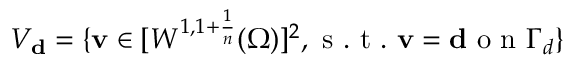
V _ { \mathbf { d } } = \{ \mathbf v \in [ W ^ { 1 , 1 + \frac { 1 } { n } } ( \Omega ) ] ^ { 2 } , \mathrm { ~ s ~ . ~ t ~ . ~ } \mathbf v = \mathbf { d } \mathrm { ~ o ~ n ~ } \Gamma _ { d } \}